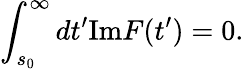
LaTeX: \int_{s_{0}}^{\infty}dt^{\prime}\mathrm{Im}F(t^{\prime})=0.